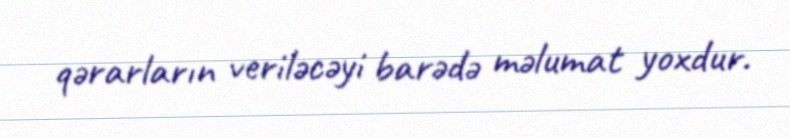
qərarların veriləcəyi barədə məlumat yoxdur.